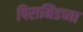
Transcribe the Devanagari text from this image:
पिरामिडच्या